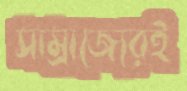
সাম্রাজ্যেরই